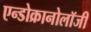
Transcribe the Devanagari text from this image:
एन्डोक्रानोलॉजी